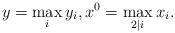
LaTeX: \begin{align*}y=\max_i y_i, x^0=\max_{2 | i} x_i.\end{align*}